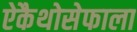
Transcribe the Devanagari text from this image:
ऐकैथोसेफाला